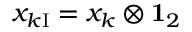
x _ { k \mathrm { I } } = x _ { k } \otimes { \bf 1 } _ { 2 }